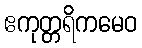
ဧကုတ္တရိကမေဝ